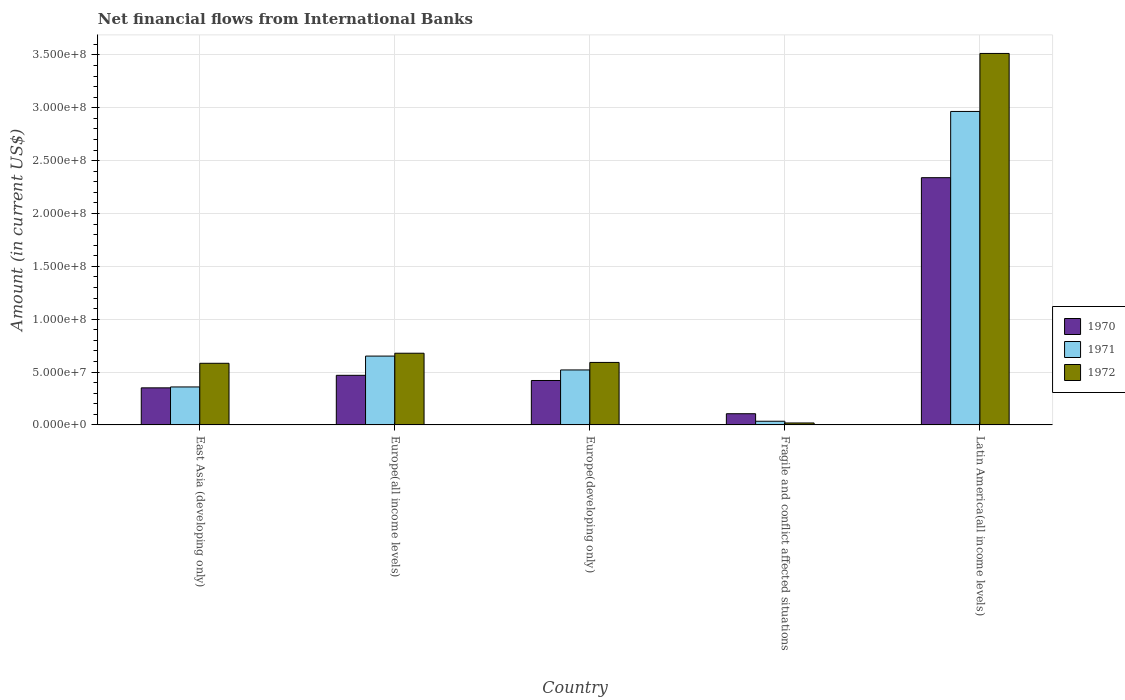
| Country | 1970 | 1971 | 1972 |
 | --- | --- | --- | --- |
 | East Asia (developing only) | 3.51e+07 | 3.59e+07 | 5.83e+07 |
 | Europe(all income levels) | 4.69e+07 | 6.51e+07 | 6.78e+07 |
 | Europe(developing only) | 4.2e+07 | 5.2e+07 | 5.91e+07 |
 | Fragile and conflict affected situations | 1.06e+07 | 3.47e+06 | 1.85e+06 |
 | Latin America(all income levels) | 2.34e+08 | 2.96e+08 | 3.51e+08 |